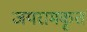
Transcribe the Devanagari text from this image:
जयरामकृत